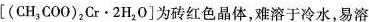
\left [ (CH_{3}COO)_{2}Cr \cdot 2H_{2}O\right ] 为砖红色晶体，难溶于冷水，易溶